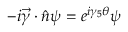
- i \vec { \gamma } \cdot \hat { n } \psi = e ^ { i \gamma _ { 5 } \theta } \psi